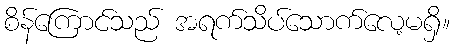
စိန်ကြောင်သည် အရက်သိပ်သောက်လေ့မရှိ။